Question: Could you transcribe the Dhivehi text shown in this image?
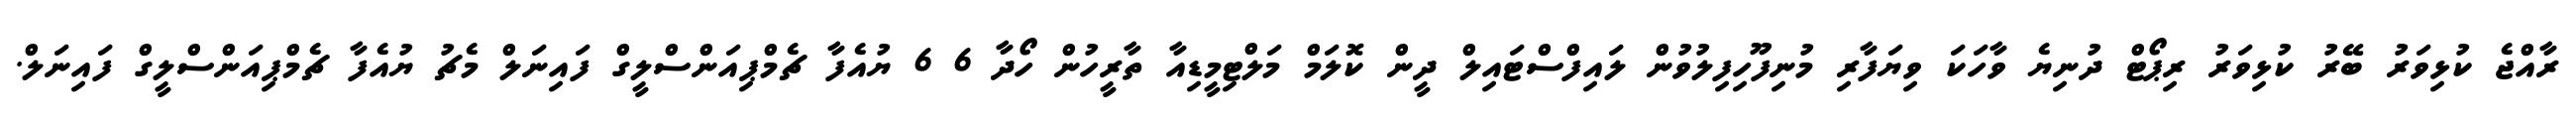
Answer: ރާއްޖެ ކުޅިވަރު ބޭރު ކުޅިވަރު ރިޕޯޓް ދުނިޔެ ވާހަކަ ވިޔަފާރި މުނިފޫހިފިލުވުން ލައިފްސްޓައިލް ދީން ކޮލަމް މަލްޓިމީޑިއާ ތާރީހުން ހޯދާ 6 6 ޔުއެފާ ޗެމްޕިއަންސްލީގް ފައިނަލް މެޗު ޔުއެފާ ޗެމްޕިއަންސްލީގް ފައިނަލް.